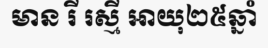
មាន រី រស្មី អាយុ២៥ឆ្នាំ